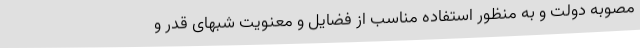
مصوبه دولت و به منظور استفاده مناسب از فضایل و معنویت شبهای قدر و